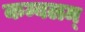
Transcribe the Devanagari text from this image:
कम्बलम्